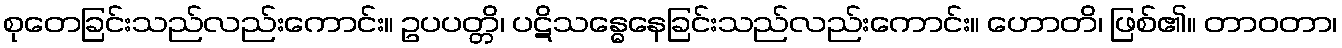
စုတေခြင်းသည်လည်းကောင်း။ ဥပပတ္တိ၊ ပဋိသန္ဓေနေခြင်းသည်လည်းကောင်း။ ဟောတိ၊ ဖြစ်၏။ တာဝတာ၊